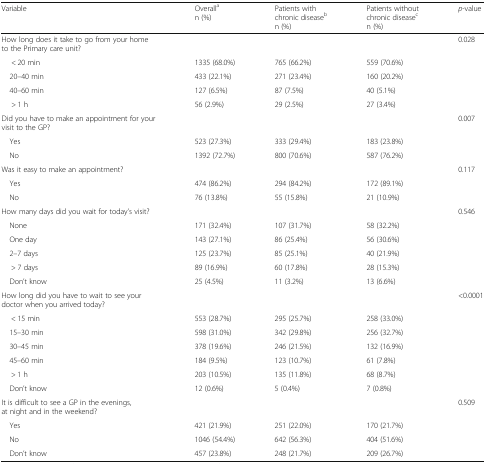
<table><thead><tr><td><b>Variable</b></td><td><b>Overall<sup>a</sup>n (%)</b></td><td><b>Patients with chronic disease<sup>b</sup>n (%)</b></td><td><b>Patients without chronic disease<sup>c</sup>n (%)</b></td><td><b><i>p</i>-value</b></td></tr></thead><tbody><tr><td>How long does it take to go from your home to the Primary care unit?</td><td></td><td></td><td></td><td>0.028</td></tr><tr><td>&lt; 20 min</td><td>1335 (68.0%)</td><td>765 (66.2%)</td><td>559 (70.6%)</td><td></td></tr><tr><td> 20–40 min</td><td>433 (22.1%)</td><td>271 (23.4%)</td><td>160 (20.2%)</td><td></td></tr><tr><td> 40–60 min</td><td>127 (6.5%)</td><td>87 (7.5%)</td><td>40 (5.1%)</td><td></td></tr><tr><td>&gt; 1 h</td><td>56 (2.9%)</td><td>29 (2.5%)</td><td>27 (3.4%)</td><td></td></tr><tr><td>Did you have to make an appointment for your visit to the GP?</td><td></td><td></td><td></td><td>0.007</td></tr><tr><td> Yes</td><td>523 (27.3%)</td><td>333 (29.4%)</td><td>183 (23.8%)</td><td></td></tr><tr><td> No</td><td>1392 (72.7%)</td><td>800 (70.6%)</td><td>587 (76.2%)</td><td></td></tr><tr><td>Was it easy to make an appointment?</td><td></td><td></td><td></td><td>0.117</td></tr><tr><td> Yes</td><td>474 (86.2%)</td><td>294 (84.2%)</td><td>172 (89.1%)</td><td></td></tr><tr><td> No</td><td>76 (13.8%)</td><td>55 (15.8%)</td><td>21 (10.9%)</td><td></td></tr><tr><td>How many days did you wait for today’s visit?</td><td></td><td></td><td></td><td>0.546</td></tr><tr><td> None</td><td>171 (32.4%)</td><td>107 (31.7%)</td><td>58 (32.2%)</td><td></td></tr><tr><td> One day</td><td>143 (27.1%)</td><td>86 (25.4%)</td><td>56 (30.6%)</td><td></td></tr><tr><td> 2–7 days</td><td>125 (23.7%)</td><td>85 (25.1%)</td><td>40 (21.9%)</td><td></td></tr><tr><td>&gt; 7 days</td><td>89 (16.9%)</td><td>60 (17.8%)</td><td>28 (15.3%)</td><td></td></tr><tr><td> Don’t know</td><td>25 (4.5%)</td><td>11 (3.2%)</td><td>13 (6.6%)</td><td></td></tr><tr><td>How long did you have to wait to see your doctor when you arrived today?</td><td></td><td></td><td></td><td>&lt;0.0001</td></tr><tr><td>&lt; 15 min</td><td>553 (28.7%)</td><td>295 (25.7%)</td><td>258 (33.0%)</td><td></td></tr><tr><td> 15–30 min</td><td>598 (31.0%)</td><td>342 (29.8%)</td><td>256 (32.7%)</td><td></td></tr><tr><td> 30–45 min</td><td>378 (19.6%)</td><td>246 (21.5%)</td><td>132 (16.9%)</td><td></td></tr><tr><td> 45–60 min</td><td>184 (9.5%)</td><td>123 (10.7%)</td><td>61 (7.8%)</td><td></td></tr><tr><td>&gt; 1 h</td><td>203 (10.5%)</td><td>135 (11.8%)</td><td>68 (8.7%)</td><td></td></tr><tr><td> Don’t know</td><td>12 (0.6%)</td><td>5 (0.4%)</td><td>7 (0.8%)</td><td></td></tr><tr><td>It is difficult to see a GP in the evenings, at night and in the weekend?</td><td></td><td></td><td></td><td>0.509</td></tr><tr><td> Yes</td><td>421 (21.9%)</td><td>251 (22.0%)</td><td>170 (21.7%)</td><td></td></tr><tr><td> No</td><td>1046 (54.4%)</td><td>642 (56.3%)</td><td>404 (51.6%)</td><td></td></tr><tr><td> Don’t know</td><td>457 (23.8%)</td><td>248 (21.7%)</td><td>209 (26.7%)</td><td></td></tr></tbody></table>